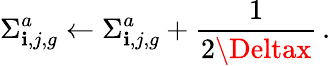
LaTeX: \Sigma_{\mathbf{i},j,g}^{a}\leftarrow\Sigma_{\mathbf{i},j,g}^{a}+\frac{{1}}{{2\Deltax}}\, .